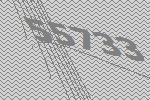
55733